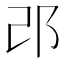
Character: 邔